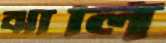
ঝালি